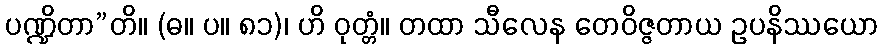
ပဏ္ဍိတာ”တိ။ (ဓ။ ပ။ ၈၁)၊ ဟိ ဝုတ္တံ။ တထာ သီလေန တေဝိဇ္ဇတာယ ဥပနိဿယော